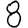
Digit: 8